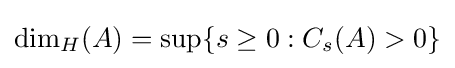
\mathrm {dim} _{H}(A)=\sup\{s\geq 0:C_{s}(A)>0\}